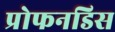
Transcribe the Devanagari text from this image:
प्रोफनडिस